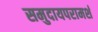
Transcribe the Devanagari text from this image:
समुदायपरामर्श